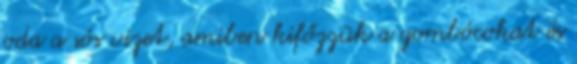
oda a sós vizet, amiben kifőzzük a gombócokat és